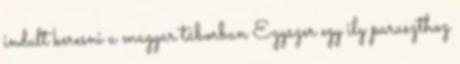
indult keresni a magyar táborban Egyszer egy ily paraszthoz